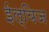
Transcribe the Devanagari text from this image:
ईल्यिज